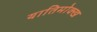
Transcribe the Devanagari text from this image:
यातिमोक्ख